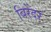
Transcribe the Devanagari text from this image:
बिरेंदर